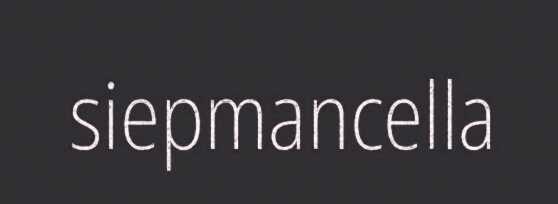
siepmancella